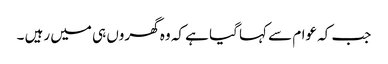
جب کہ عوام سے کہا گیا ہے کہ وہ گھروں ہی میں رہیں ۔